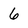
Character: 6